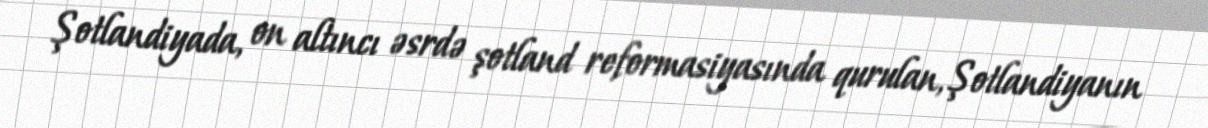
Şotlandiyada, on altıncı əsrdə şotland reformasiyasında qurulan, Şotlandiyanın